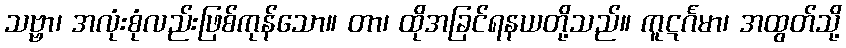
သဗ္ဗာ၊ အလုံးစုံလည်းဖြစ်ကုန်သော။ တာ၊ ထိုအခြင်ရနယတို့သည်။ ကူဋင်္ဂမာ၊ အထွတ်သို့